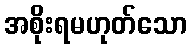
အစိုးရမဟုတ်သော